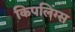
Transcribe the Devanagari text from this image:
किपलिंग्स